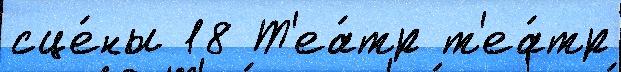
сце́ны 18 Т'еа́тр т'еа́тр